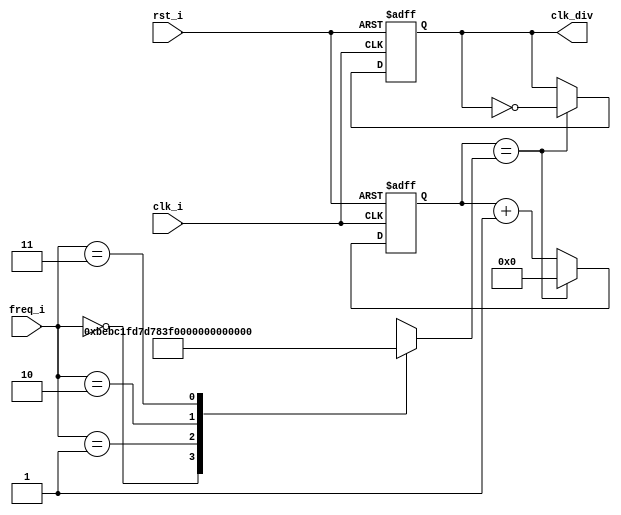
module freq_div(
	input					clk_i,
	input					rst_i,
	input		[1:0]		freq_i,
	output	reg		clk_div
);

	reg	[25:0] 	count;
	reg	[25:0]	limit;
	
	always @(freq_i)
	begin
		case (freq_i)
			4'h0:
				limit = 26'd49_999_999;
			4'h1:
				limit = 26'd24_999_999;
			4'h2:
				limit = 26'd12_499_999;
			4'h3:
				limit = 26'd6_249_999;
			default:
				limit = 26'd49_999_999;
		endcase
	end
	
	always @(posedge clk_i, negedge rst_i)
	begin
		if (!rst_i)
		begin
			count = 26'b0;
			clk_div = 1'b0;
		end
		else
			if (count == limit) 
			begin
				count = 26'b0;
				clk_div = ~clk_div;
			end
			else
				count = count + 1;
	end

endmodule